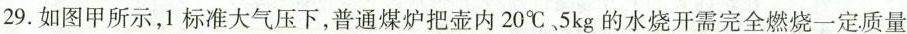
29. 如图甲所示，1标准大气压下，普通煤炉把壶内20^{\circ}C、5kg的水烧开需完全燃烧一定质量